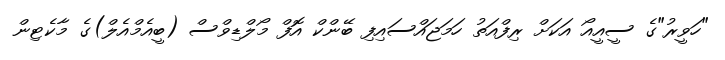
"ހަވީރު"ގެ ސީއީއޯ އަކަށް ރިފްއަތު ހަމަޖައްސައިފި ބޭންކް އޮފް މޯލްޑިވްސް (ބީއެމްއެލް)ގެ މާކެޓިން